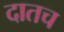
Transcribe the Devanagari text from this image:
दातच